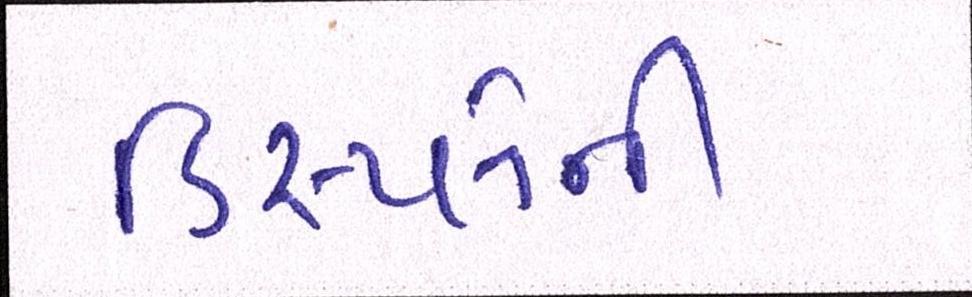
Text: ડિસ્પ્લેની